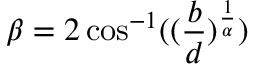
\beta = 2 \cos ^ { - 1 } ( ( \frac { b } { d } ) ^ { \frac { 1 } { \alpha } } )